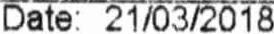
DATE: 21/03/2018